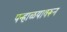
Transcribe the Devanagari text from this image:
पन्हाळयावरून